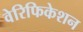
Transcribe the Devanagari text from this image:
वेरिफिकेशन